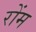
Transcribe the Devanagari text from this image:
रोंम